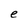
Character: e